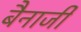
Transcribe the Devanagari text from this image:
बैनार्जी